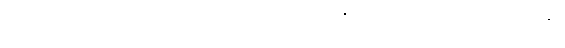
ပါဏဓာရဏေ သမ္ဗဟုလတ္ထေရာပဒေသော သံဃမဇ္ဈေယေဝ ပဏ္ဏတ္တိဥဒ္ဒေသဝါရဝဏ္ဏနာ